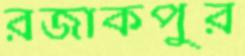
রজাকপুর